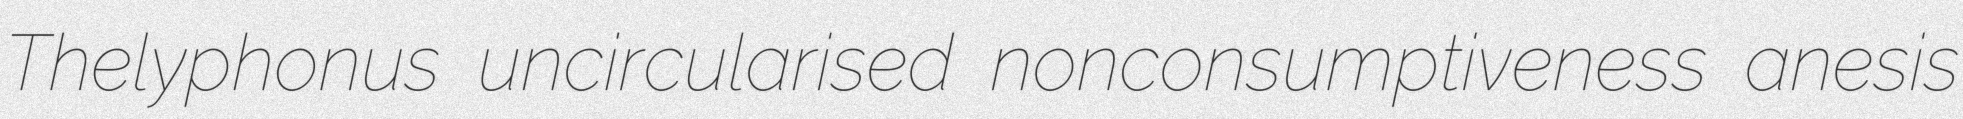
Thelyphonus uncircularised nonconsumptiveness anesis